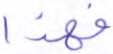
فهذا